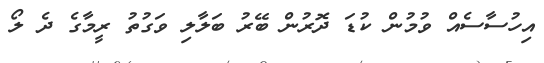
އިހުސާސެއް ވުމުން ކުޑަ ދޮރުން ބޭރު ބަލާލި ވަގުތު ރީމާގެ ދެ ލޯ